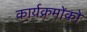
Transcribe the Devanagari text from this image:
कार्यक्रमोंको